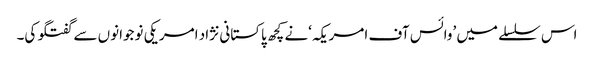
اس سلسلے میں ’وائس آف امریکہ‘نے کچھ پاکستانی نژاد امریکی نوجوانوں سے گفتگو کی۔